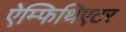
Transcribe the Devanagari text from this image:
ऐम्फिथिएटर